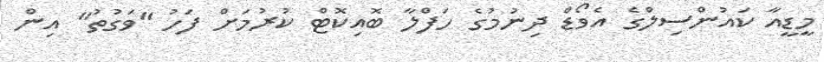
މީޑީއާ ކައުންސިލްގެ އެވޯޑް ދިނުމުގެ ހަފްލާ ބޮއިކޮޓް ކުރުމަށް ފަހު "ވަގުތު" އިން